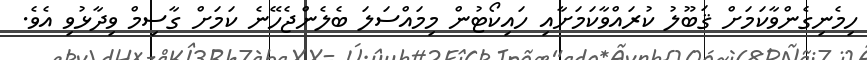
ހިމެނިގެންވާކަމަށް ޤަބޫލު ކުރައްވާކަމަށާއި ހައިކޯޓުން މިމައްސަލަ ބެލެންޖެހޭނެ ކަމަށް ގާސިމް ވިދާޅުވި އެވެ.